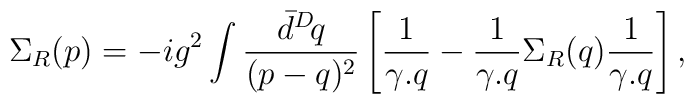
\Sigma_R(p)=-ig^2\int\frac{\bar{d}^D\!q}{(p-q)^2}\left[ \frac{1}{\gamma.q}- \frac{1}{\gamma.q}\Sigma_R(q)\frac{1}{\gamma.q} \right],